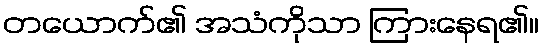
တယောက်၏ အသံကိုသာ ကြားနေရ၏။